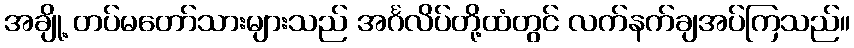
အချို့ တပ်မတော်သားများသည် အင်္ဂလိပ်တို့ထံတွင် လက်နက်ချအပ်ကြသည်။